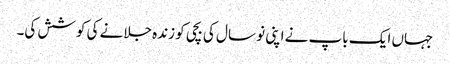
جہاں ایک باپ نے اپنی نو سال کی بچی کو زندہ جلانے کی کوشش کی۔